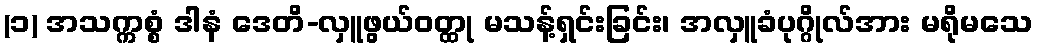
(၁) အသက္ကစ္စံ ဒါနံ ဒေတိ-လှူဖွယ်ဝတ္ထု မသန့်ရှင်းခြင်း၊ အလှူခံပုဂ္ဂိုလ်အား မရိုမသေ